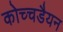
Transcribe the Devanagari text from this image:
कोच्चडैयन